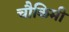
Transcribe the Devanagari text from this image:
चौकिमी